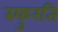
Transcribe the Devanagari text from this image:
स्फुरति